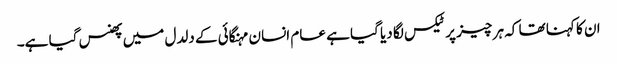
ان کا کہنا تھا کہ ہر چیز پر ٹیکس لگا دیا گیا ہے عام انسان مہنگائی کے دلدل میں پھنس گیا ہے۔